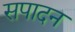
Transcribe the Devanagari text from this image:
सपादन